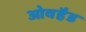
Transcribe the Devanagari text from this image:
ओवहैड